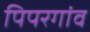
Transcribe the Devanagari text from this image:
पिपरगांव